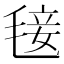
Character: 𣮍